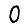
Digit: 0